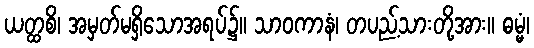
ယတ္ထစိ၊ အမှတ်မရှိသောအရပ်၌။ သာဝကာနံ၊ တပည့်သားတို့အား။ ဓမ္မံ၊